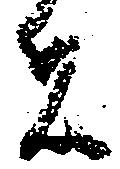
者